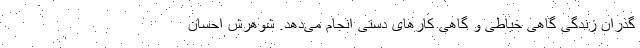
گذران زندگی گاهی خیاطی و گاهی کارهای دستی انجام می‌دهد. شوهرش احسان